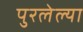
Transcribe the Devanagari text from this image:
पुरलेल्या